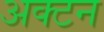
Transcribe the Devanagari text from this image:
अक्टन